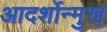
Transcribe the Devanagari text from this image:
आदर्शोन्‍मुख